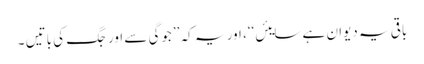
باقی یہ دیوان ہے سایئں‘‘، اور یہ کہ ’’جوگی سے اور جگ کی باتیں ۔